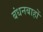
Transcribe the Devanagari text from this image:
बंधनबाहों